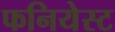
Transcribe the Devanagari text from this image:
फनियेस्ट